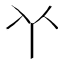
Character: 𠁥